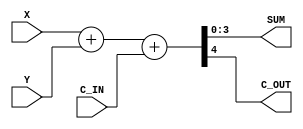

module fulladd4 (
 output wire [3:0] SUM,
 output wire       C_OUT,
 input  wire [3:0] X,Y,
 input  wire       C_IN
);

 assign {C_OUT, SUM} = X + Y + C_IN;

endmodule